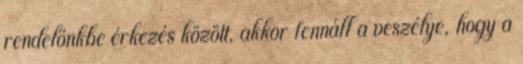
rendelőnkbe érkezés között, akkor fennáll a veszélye, hogy a